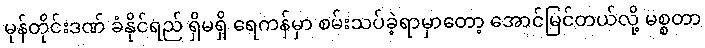
မုန်တိုင်းဒဏ် ခံနိုင်ရည် ရှိမရှိ ရေကန်မှာ စမ်းသပ်ခဲ့ရာမှာတော့ အောင်မြင်တယ်လို့ မစ္စတာ